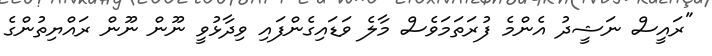
"ރައީސް ނަޝީދު އެންމެ ފުރަތަމަވެސް މާލެ ވަޑައިގެންފައި ވިދާޅުވީ ނޫން ނޫން ރައްޔިތުންގެ